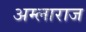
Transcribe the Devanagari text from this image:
अम्लाराज